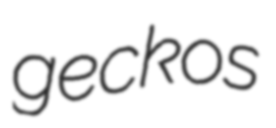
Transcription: geckos